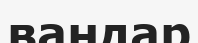
вандар